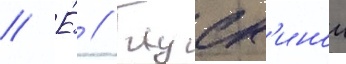
// Е́ // Глуск'инои